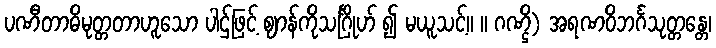
ပဏီတာဓိမုတ္တတာဟူသော ပါဌ်ဖြင့် ဈာန်ကိုသင်္ဂြိုဟ် ၍ မယူသင့်။ ။ ဂဏ္ဌိ) အရဏဝိဘင်္ဂသုတ္တန္တေ၊